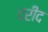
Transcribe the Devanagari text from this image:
दरीद